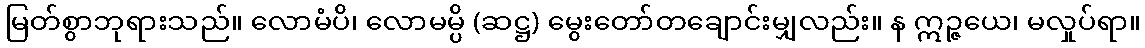
မြတ်စွာဘုရားသည်။ လောမံပိ၊ လောမမ္ပိ (ဆဋ္ဌ) မွေးတော်တချောင်းမျှလည်း။ န ဣဉ္ဇယေ၊ မလှုပ်ရာ။